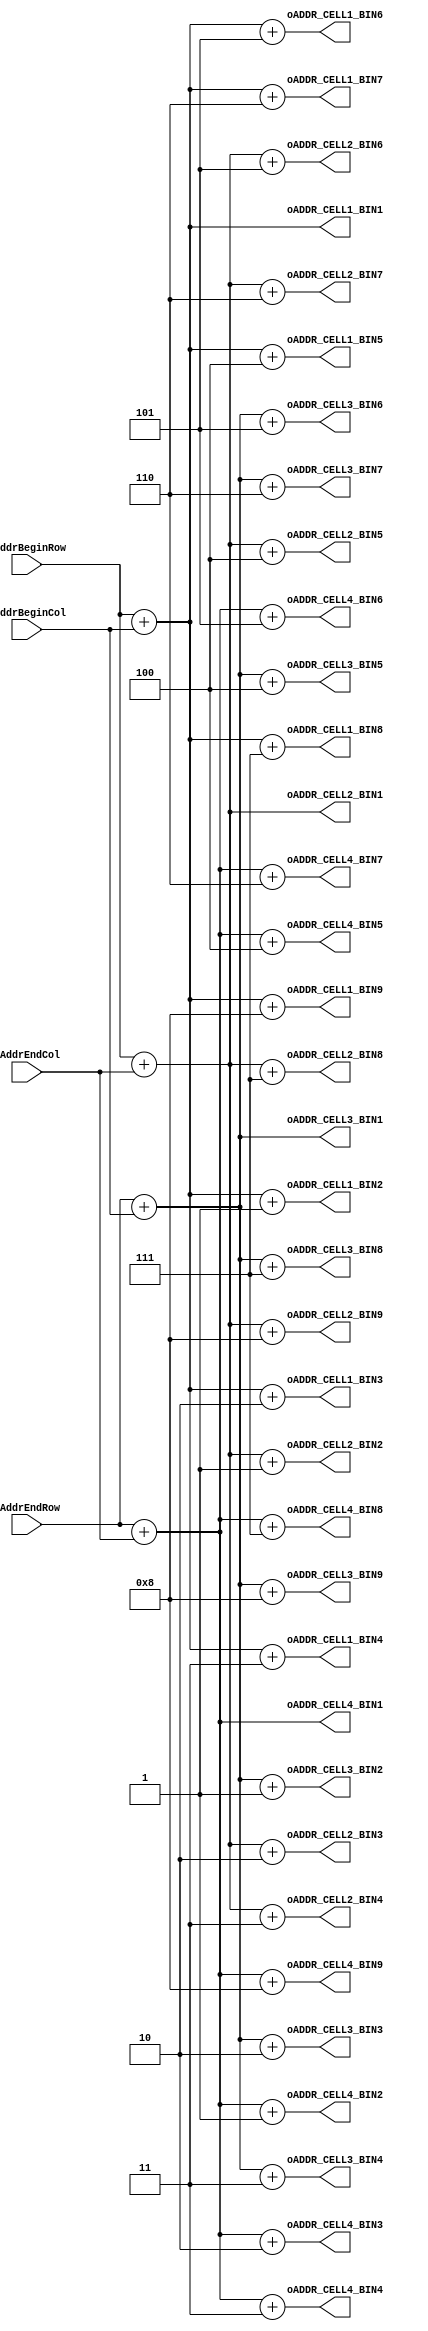
module Decoder(

	input [10:0] iAddrBeginRow, iAddrEndRow,
	input [6:0] iAddrBeginCol, iAddrEndCol,

	output [10:0] oADDR_CELL1_BIN1, oADDR_CELL1_BIN2, oADDR_CELL1_BIN3, oADDR_CELL1_BIN4, 
	output [10:0] oADDR_CELL1_BIN5, oADDR_CELL1_BIN6, oADDR_CELL1_BIN7, oADDR_CELL1_BIN8, oADDR_CELL1_BIN9,

	output [10:0] oADDR_CELL2_BIN1, oADDR_CELL2_BIN2, oADDR_CELL2_BIN3, oADDR_CELL2_BIN4, 
	output [10:0] oADDR_CELL2_BIN5, oADDR_CELL2_BIN6, oADDR_CELL2_BIN7, oADDR_CELL2_BIN8, oADDR_CELL2_BIN9,

	output [10:0] oADDR_CELL3_BIN1, oADDR_CELL3_BIN2, oADDR_CELL3_BIN3, oADDR_CELL3_BIN4, 
	output [10:0] oADDR_CELL3_BIN5, oADDR_CELL3_BIN6, oADDR_CELL3_BIN7, oADDR_CELL3_BIN8, oADDR_CELL3_BIN9,

	output [10:0] oADDR_CELL4_BIN1, oADDR_CELL4_BIN2, oADDR_CELL4_BIN3, oADDR_CELL4_BIN4, 
	output [10:0] oADDR_CELL4_BIN5, oADDR_CELL4_BIN6, oADDR_CELL4_BIN7, oADDR_CELL4_BIN8, oADDR_CELL4_BIN9
);

  // Addresses cell 1
  assign oADDR_CELL1_BIN1 = iAddrBeginRow + iAddrBeginCol;
  assign oADDR_CELL1_BIN2 = iAddrBeginRow + iAddrBeginCol + 1'd1;
  assign oADDR_CELL1_BIN3 = iAddrBeginRow + iAddrBeginCol + 2'd2;
  assign oADDR_CELL1_BIN4 = iAddrBeginRow + iAddrBeginCol + 2'd3;
  assign oADDR_CELL1_BIN5 = iAddrBeginRow + iAddrBeginCol + 3'd4;
  assign oADDR_CELL1_BIN6 = iAddrBeginRow + iAddrBeginCol + 3'd5;
  assign oADDR_CELL1_BIN7 = iAddrBeginRow + iAddrBeginCol + 3'd6;
  assign oADDR_CELL1_BIN8 = iAddrBeginRow + iAddrBeginCol + 3'd7;
  assign oADDR_CELL1_BIN9 = iAddrBeginRow + iAddrBeginCol + 4'd8;
 
 // Addresses cell 2
  assign oADDR_CELL2_BIN1 = iAddrBeginRow + iAddrEndCol;
  assign oADDR_CELL2_BIN2 = iAddrBeginRow + iAddrEndCol + 1'd1;
  assign oADDR_CELL2_BIN3 = iAddrBeginRow + iAddrEndCol + 2'd2;
  assign oADDR_CELL2_BIN4 = iAddrBeginRow + iAddrEndCol + 2'd3;
  assign oADDR_CELL2_BIN5 = iAddrBeginRow + iAddrEndCol + 3'd4;
  assign oADDR_CELL2_BIN6 = iAddrBeginRow + iAddrEndCol + 3'd5;
  assign oADDR_CELL2_BIN7 = iAddrBeginRow + iAddrEndCol + 3'd6;
  assign oADDR_CELL2_BIN8 = iAddrBeginRow + iAddrEndCol + 3'd7;
  assign oADDR_CELL2_BIN9 = iAddrBeginRow + iAddrEndCol + 4'd8;
 
 // Addresses cell 3
  assign oADDR_CELL3_BIN1 = iAddrEndRow + iAddrBeginCol;
  assign oADDR_CELL3_BIN2 = iAddrEndRow + iAddrBeginCol + 1'd1;
  assign oADDR_CELL3_BIN3 = iAddrEndRow + iAddrBeginCol + 2'd2;
  assign oADDR_CELL3_BIN4 = iAddrEndRow + iAddrBeginCol + 2'd3;
  assign oADDR_CELL3_BIN5 = iAddrEndRow + iAddrBeginCol + 3'd4;
  assign oADDR_CELL3_BIN6 = iAddrEndRow + iAddrBeginCol + 3'd5;
  assign oADDR_CELL3_BIN7 = iAddrEndRow + iAddrBeginCol + 3'd6;
  assign oADDR_CELL3_BIN8 = iAddrEndRow + iAddrBeginCol + 3'd7;
  assign oADDR_CELL3_BIN9 = iAddrEndRow + iAddrBeginCol + 4'd8;
 
 // Addresses cell 4
  assign oADDR_CELL4_BIN1 = iAddrEndRow + iAddrEndCol;
  assign oADDR_CELL4_BIN2 = iAddrEndRow + iAddrEndCol + 1'd1;
  assign oADDR_CELL4_BIN3 = iAddrEndRow + iAddrEndCol + 2'd2;
  assign oADDR_CELL4_BIN4 = iAddrEndRow + iAddrEndCol + 2'd3;
  assign oADDR_CELL4_BIN5 = iAddrEndRow + iAddrEndCol + 3'd4;
  assign oADDR_CELL4_BIN6 = iAddrEndRow + iAddrEndCol + 3'd5;
  assign oADDR_CELL4_BIN7 = iAddrEndRow + iAddrEndCol + 3'd6;
  assign oADDR_CELL4_BIN8 = iAddrEndRow + iAddrEndCol + 3'd7;
  assign oADDR_CELL4_BIN9 = iAddrEndRow + iAddrEndCol + 4'd8;
 
  
endmodule